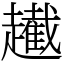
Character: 䟌